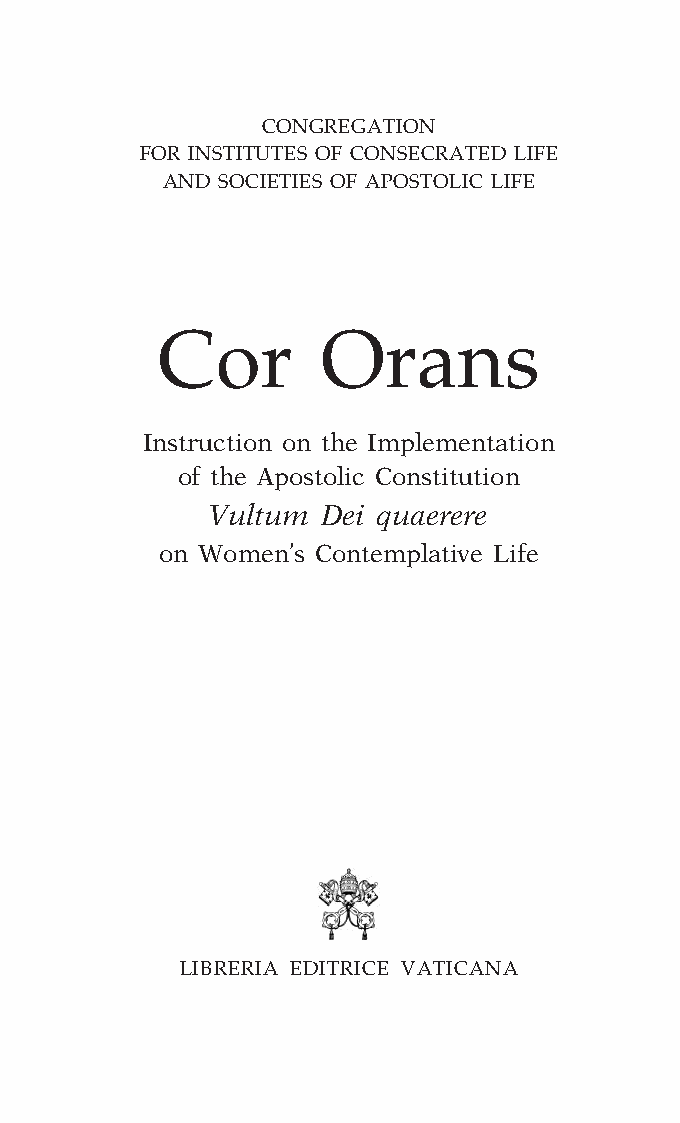
COR ORANS – NUOVO FORMATO – INGLESE 2ª BOZZA–24 maggio 2018 – 11:12
 CONGREGATION
 FOR INSTITUTES OF CONSECRATED LIFE
 AND SOCIETIES OF APOSTOLIC LIFE
 Cor        Orans
 Instruction on the Implementation
 of the Apostolic Constitution
 Vultum Dei quaerere
 on Women’s Contemplative Life
 LIBRERIA EDITRICE VATICANA